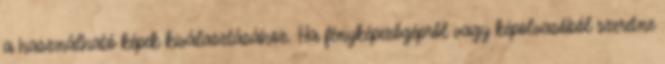
a használható képek kiválasztásához. Ha fényképezőgépről vagy képolvasóból szeretne